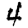
Digit: 4